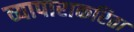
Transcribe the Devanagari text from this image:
व्यापाराकरिता